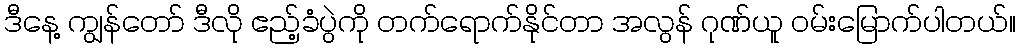
ဒီနေ့ ကျွန်တော် ဒီလို ဧည့်ခံပွဲကို တက်ရောက်နိုင်တာ အလွန် ဂုဏ်ယူ ဝမ်းမြောက်ပါတယ်။